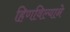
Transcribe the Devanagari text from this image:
हिणविल्याने